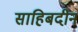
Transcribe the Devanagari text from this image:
साहिबदीन